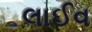
લાઈવ